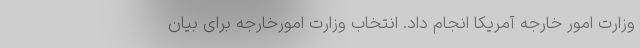
وزارت امور خارجه آمریکا انجام داد. انتخاب وزارت امورخارجه برای بیان